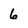
Character: 6